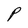
Character: P